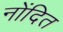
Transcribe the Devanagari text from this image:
नोंदित